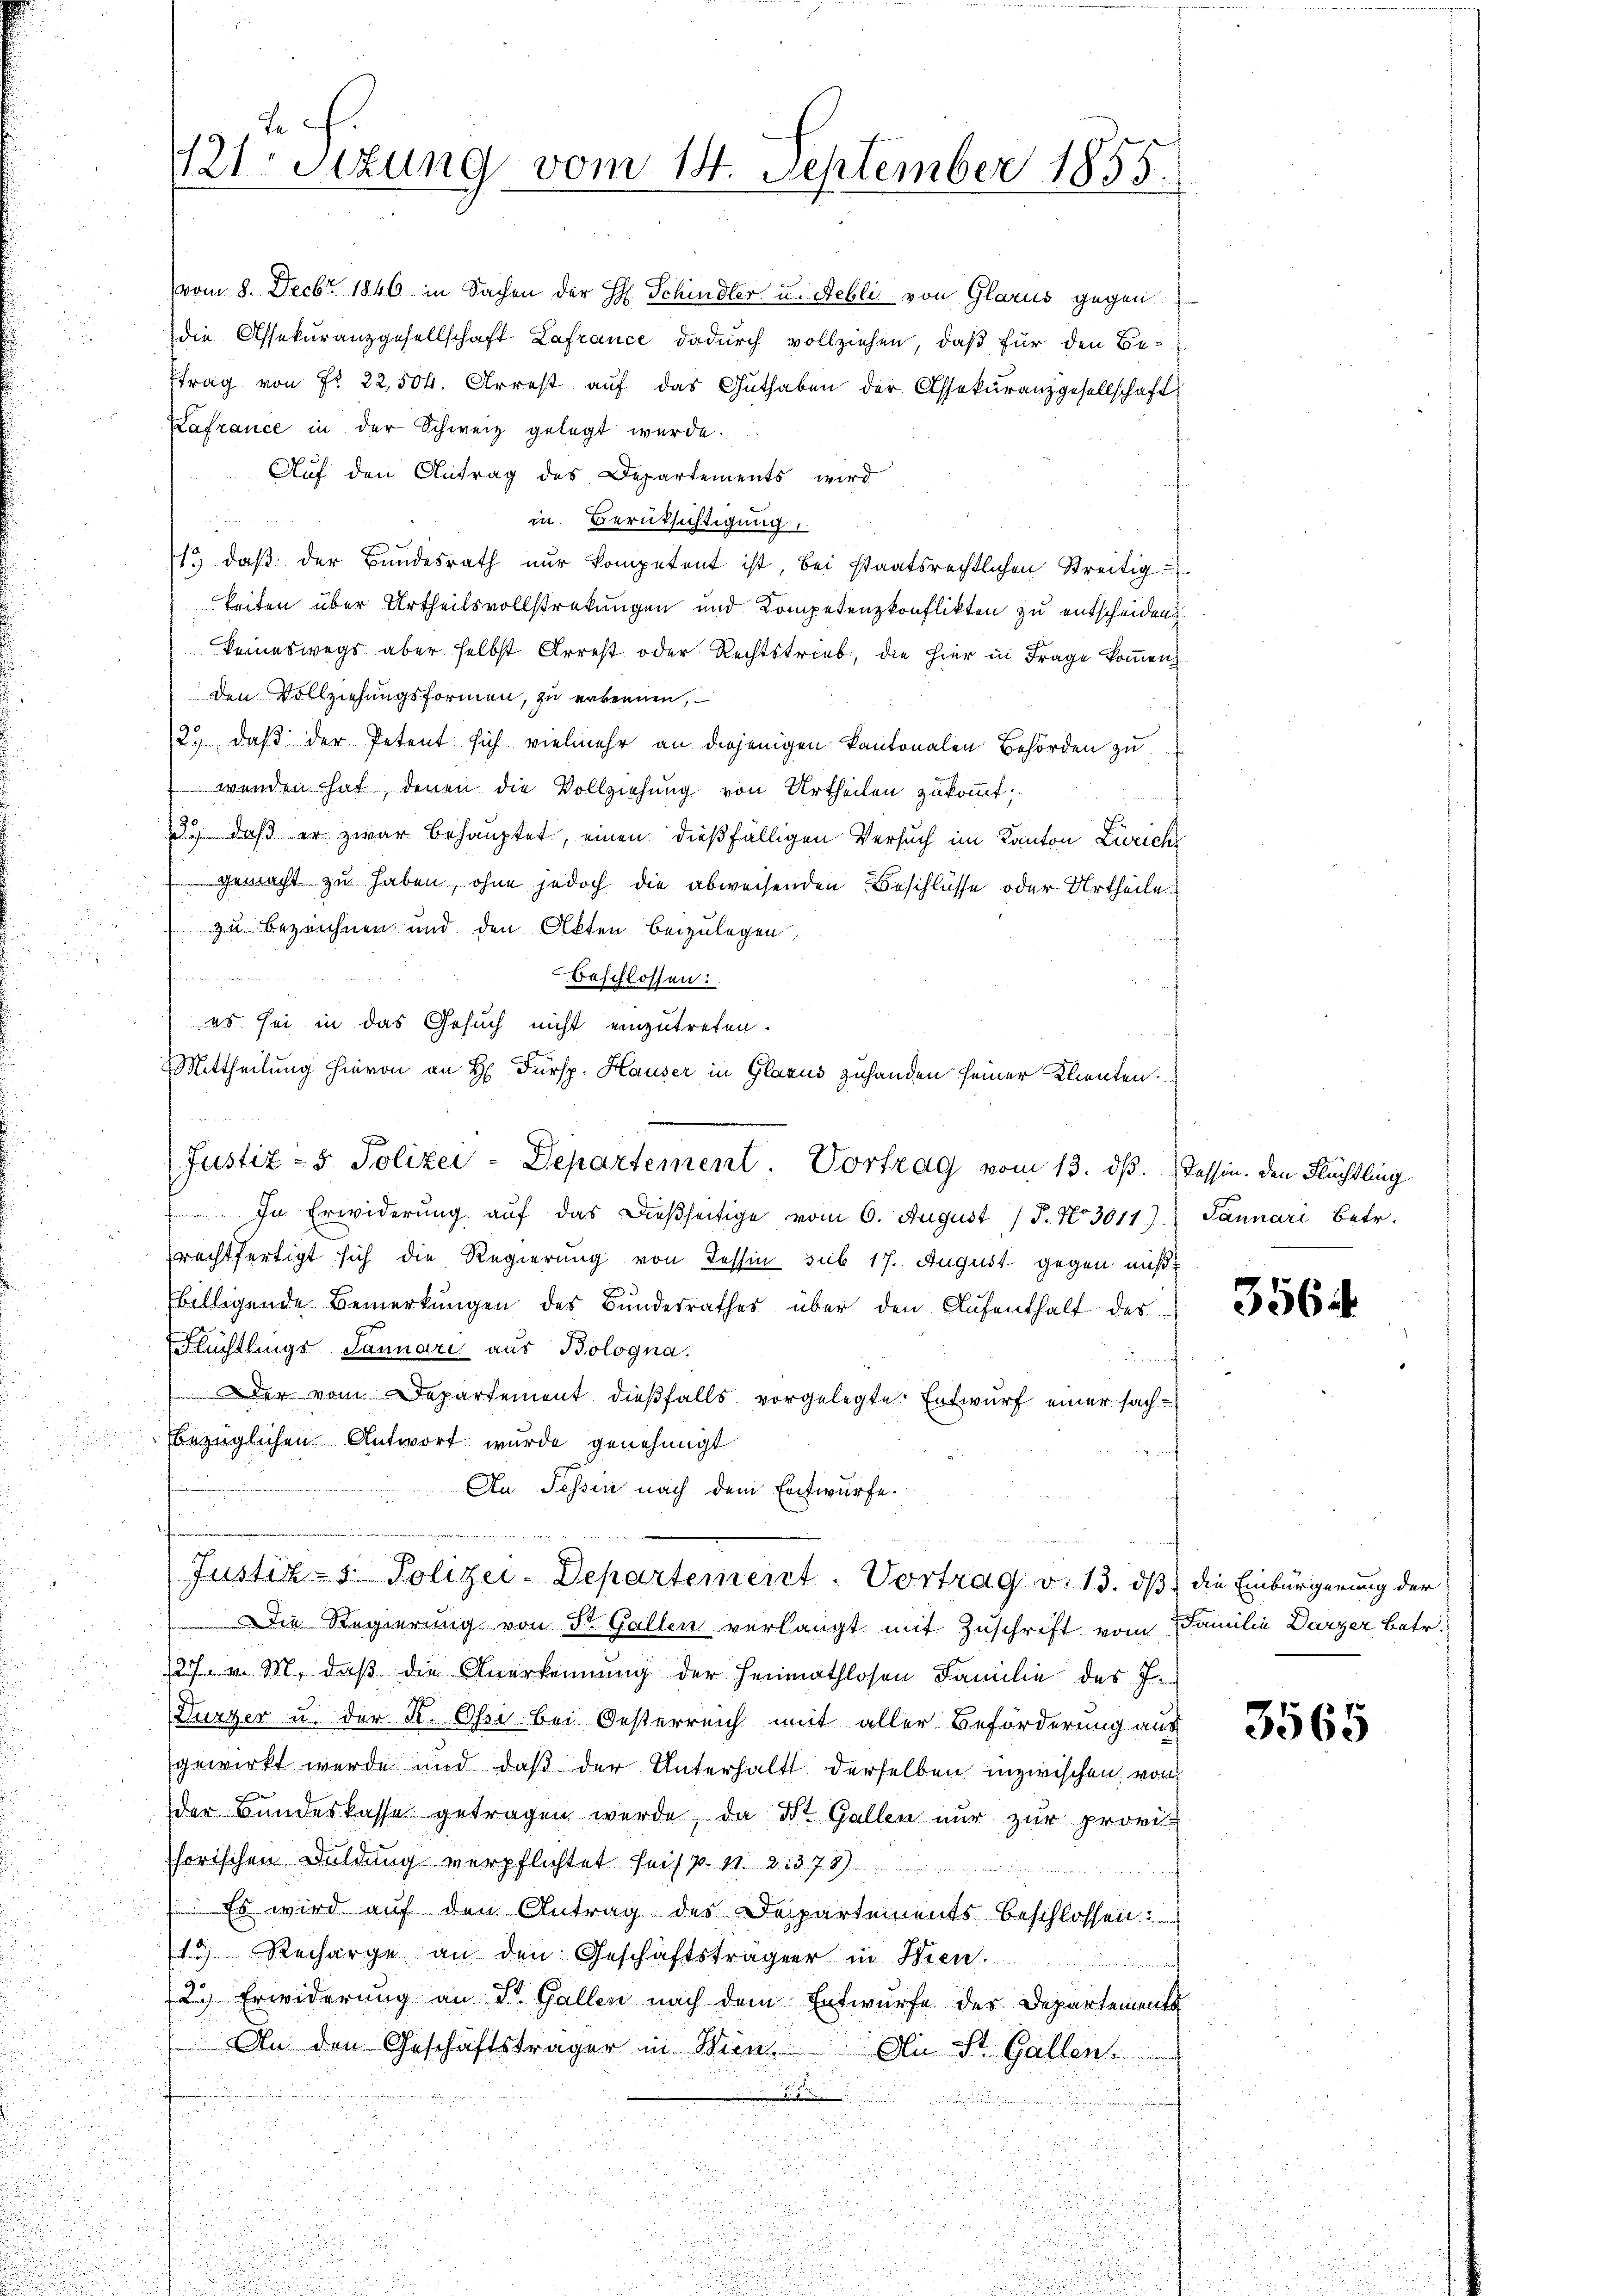
121. Sizung vom 14. September 1855.

Lafrance in der Schweiz gelegt wurde.
Auf den Antrag des Departements wird
in Berüksichtigung,
1., daß der Bundesrath nur kompetent ist, bei staatsrechtlichen Streitig-
keiten über Urtheilsvollstreckungen und Kompetenzkonflikten zu entscheidend
keineswegs aber selbst Arrest oder Rechtstrieb, die hier in Frage kommen,
Den Vollziehungsformen, zu erkennen,
2.) daß der Petent sich vielmehr an diejenigen Kantonalen Behörden zu
wenden hat, denen die Vollziehung von Urtheilen zukommt;
13., daß er zwar behauptet, einen dießfälligen Versuch im Kanton Zürich
 gemacht zu haben, ohne jedoch die abweisenden Beschlüsse oder Urtheile
zu bezeichnen und den Akten beizulegen,

beschlossen:
es sei in das Gesuch nicht einzutreten.
Mittheilung hievon an H. Fürsp. Hauser in Glarus zuhanden seiner Klienten.
Justiz- & Polizei-Departement Vortrag vom 13. dß. Tessin. Den Flüchtling
In Erwiderung auf das dießseitige vom 6. August 17. No 30117. Jannári Betr.
rechtfertigt sich die Regierung von Tessin sub 17. August gegen mißt
billigende Bemerkungen des Bundesrathes über den Aufenthalt des
Flüchtlings Januari aus Bologna.
er vom Departement dießfalls vorgelegte Entwurf einer sach-
bezüglichen Antwort wurde genehmigt
An Tessin nach dem Entwurfe.

vom 8. Decbr. 1846 in Sachen der H. Schindler u. Rebli von Glarus gegen
die Assekuranzgesellschaft Lafrance dadurch vollziehen, daß für den Be-
ftrag von Fr. 22,504. Arrest auf das Guthaben der Assekuranzgesellschaft

Die Regierung von Dr. Gallen verlangt mit Zuschrift vom Familie Durzer Betr.
127. v. M. daβ die Anerkennung der Heimathlosen Familie des J.
Durzer u. der K. Ossi bei Oesterreich mit aller Beförderung aus
gewirkt werde und daß der Unterhalt derselben inzwischen von
der Bundeskasse getragen werde, da Dr. Gallen nur zur provi-
horischen Duldung verpflichtet seis p. n. 21378)
Es wird auf den Antrag des Departements beschlossen
13) Recharge an den Geschäftsträger in Wien.
72. Erwiderung an St. Gallen nach dem Entwurfe des Departements
An den Geschäftsträger in Wien
An St. Gallen.
.

n

Justiz- & Polizei-Departemeist. Vortrag v. 13. dß die Einbürgerung der

3564

3565